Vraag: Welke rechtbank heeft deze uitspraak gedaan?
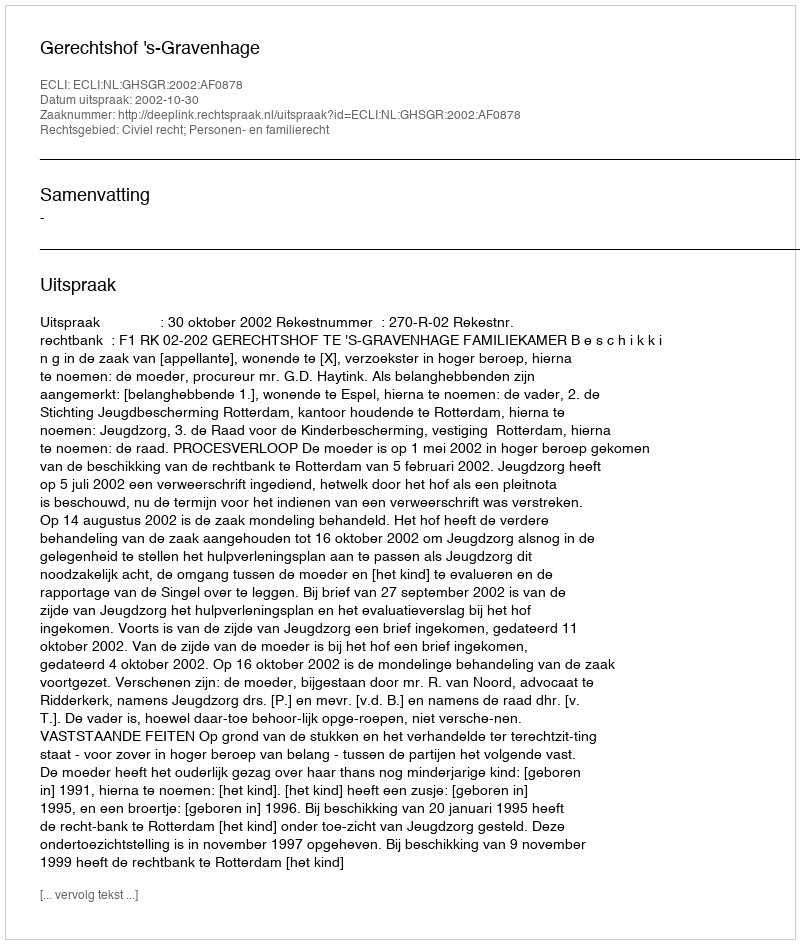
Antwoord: Gerechtshof 's-Gravenhage